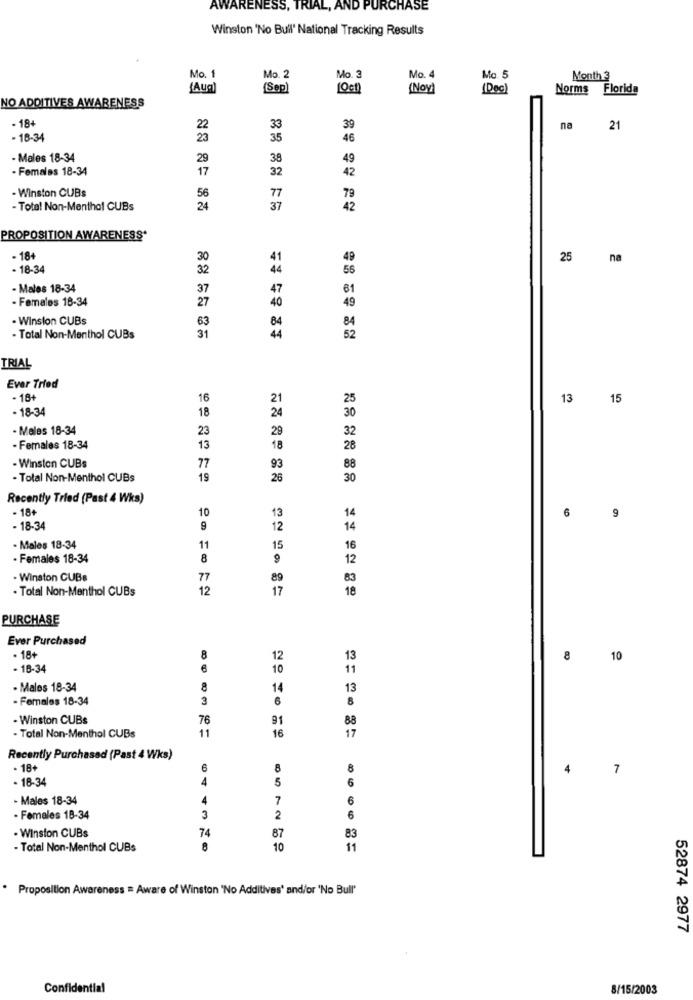
AWARENESS, TRIAL, AND PURCHASE
Winston 'No Bull' National Tracking Results
Mo. 1
Mo. 2
Mo. 3
Mo. 4
Mo. 5
Month 3
{Aug)
(Sep)
( Nov )
(Doc)
Norms Florida
NO ADDITIVES AWARENESS
- 18+
22
33
39
na
21
- 18-34
23
35
46
- Males 18-34
29
38
49
- Females 18-34
17
32
42
- Winston CUBs
56
77
79
- Total Non-Menthol CUBs
24
37
42
PROPOSITION AWARENESS*
- 18+
30
49
25 na
- 18-34
32
56
- Males 18-34
37
81
- Females 18-34
49
27
- Winston CUBs
63
84
-Total Non-Menthol CUBs
31
44
52
TRIAL
Ever Tried
. 18+
16
21
13 15
- 18-34
24
30
18
. Males 18-34
23
29
- Females 18-34
13
18
28
93
- Winston CUBs
77
88
- Total Non-Menthol CUBs
19
26
30
Recently Tried (Past 4 Wks)
- 18+
10
14
6
9
13
- 18-34
9
12
14
- Males 18-34
11
15
16
· Females 18-34
8
12
- Winston CUBs
77
89
83
- Total Non-Menthol CUBs
12
17
18
PURCHASE
Ever Purchased
. 18+
8
12
13
10
- 18-34
10
11
- Males 18-34
8
14
13
- Females 18-34
3
6
8
- Winston CUBs
76
91
88
11
16
17
- Total Non-Menthol CUBs
Recently Purchased (Past 4 Wks)
+ 18+
6
8
8
7
- 18-34
4
5
6
- Males 18-34
4
7
6
- Females 18-34
3
2
6
- Winston CUBs
74
83
87
- Total Non-Menthol CUBs
10
11
Proposition Awareness = Aware of Winston "No Additives' and/or 'No Bull'
52874 2977
Confidential
8/15/2003